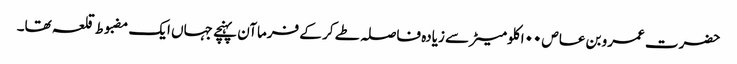
حضرت عمرو بن عاص ۰۰ا کلومیٹر سے زیادہ فاصلہ طے کر کے فرماآن پہنچے جہاں ایک مضبوط قلعہ تھا۔